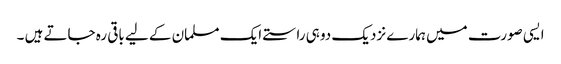
ایسی صورت میں ہمارے نزدیک دو ہی راستے ایک مسلمان کے لیے باقی رہ جاتے ہیں ۔